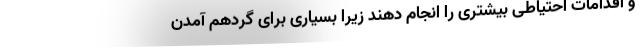
و اقدامات احتیاطی بیشتری را انجام دهند زیرا بسیاری برای گردهم آمدن